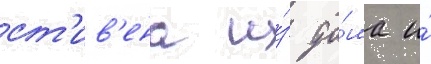
ст'ив'ена и́з до́ма и́